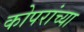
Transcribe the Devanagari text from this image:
कोपरांच्या